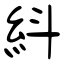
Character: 紏